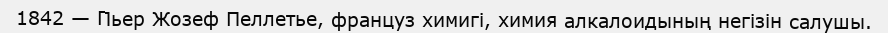
1842 — Пьер Жозеф Пеллетье, француз химигі, химия алкалоидының негізін салушы.